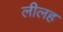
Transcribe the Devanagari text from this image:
लीलह